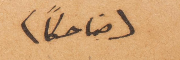
(ضاحكًا)